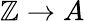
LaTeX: \mathbb{Z}\to A